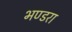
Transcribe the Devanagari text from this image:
भण्डरा